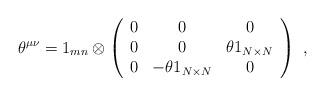
LaTeX: \begin{align*}\theta^{\mu\nu}=1_{mn}\otimes\left(\begin{array}{ccc}0 & 0 & 0 \\0 & 0 & \theta 1_{N\times N}\\0 & -\theta 1_{N\times N} & 0 \\ \end{array}\right) \ ,\end{align*}